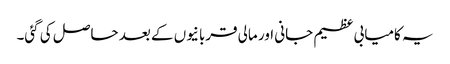
یہ کامیابی عظیم جانی اور مالی قربانیوں کے بعد حاصل کی گئی۔